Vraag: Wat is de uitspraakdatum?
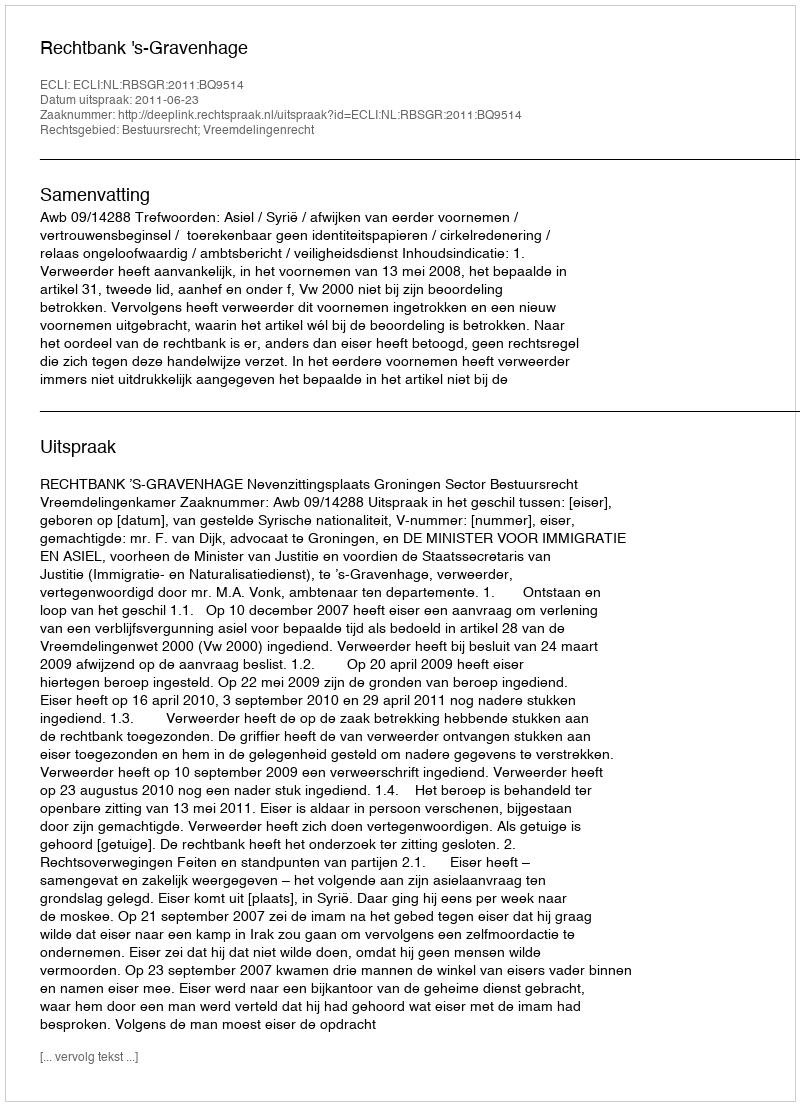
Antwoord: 2011-06-23